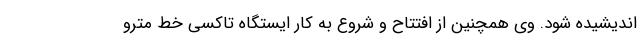
اندیشیده شود. وی همچنین از افتتاح و شروع به کار ایستگاه تاکسی خط مترو